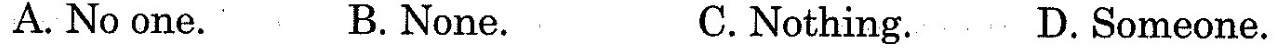
A. No one. B. None. C.Nothing. D.Someone.